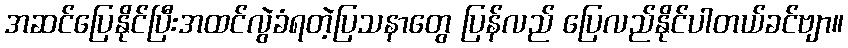
အဆင်ပြေနိုင်ပြီးအထင်လွဲခံရတဲ့ပြသနာတွေ ပြန်လည် ပြေလည်နိုင်ပါတယ်ခင်ဗျာ။